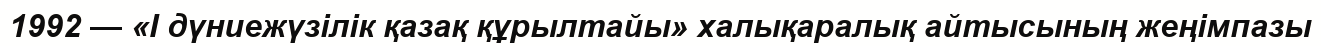
1992 — «І дүниежүзілік қазақ құрылтайы» халықаралық айтысының жеңімпазы